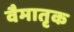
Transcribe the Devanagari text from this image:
वैमातृक